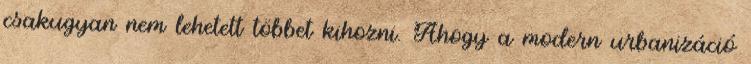
csakugyan nem lehetett többet kihozni. Ahogy a modern urbanizáció